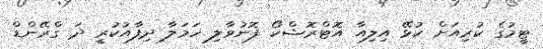
ޓީމުގެ ކުރިއަށް ކުޅޭ އިލިއާ އޮޓްރޮޝްކޯ ފޮނުވާލި ހަމަލާ ދިފާއުކުރީ ދަ ގްރޭންޑް